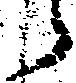
う